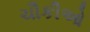
ચૌકીઓ